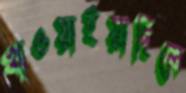
খাওয়াইয়াছিলে